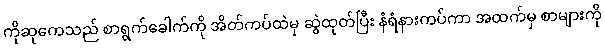
ကိုဆုကေသည် စာရွက်ခေါက်ကို အိတ်ကပ်ထဲမှ ဆွဲထုတ်ပြီး နံရံနားကပ်ကာ အထက်မှ စာများကို